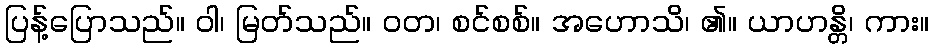
ပြန့်ပြောသည်။ ဝါ၊ မြတ်သည်။ ဝတ၊ စင်စစ်။ အဟောသိ၊ ၏။ ယာဟန္တိ၊ ကား။